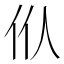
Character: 㐺